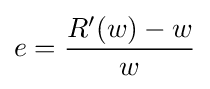
e={\frac {R'(w)-w}{w}}\,\!